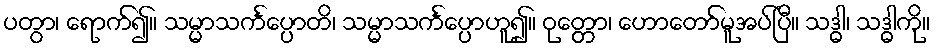
ပတွာ၊ ရောက်၍။ သမ္မာသင်္ကပ္ပောတိ၊ သမ္မာသင်္ကပ္ပောဟူ၍။ ဝုတ္တော၊ ဟောတော်မူအပ်ပြီ။ သဒ္ဓါ၊ သဒ္ဓါကို။